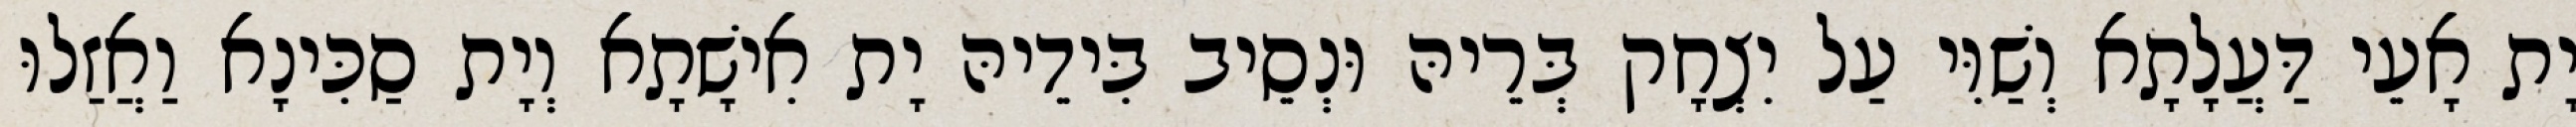
יָת אָעֵי דַּעֲלָתָא וְשַׁוִּי עַל יִצְחָק בְּרֵיהּ וּנְסֵיב בִּידֵיהּ יָת אִישָׁתָא וְיָת סַכִּינָא וַאֲזַלוּ